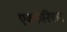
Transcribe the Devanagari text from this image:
एककनिपात